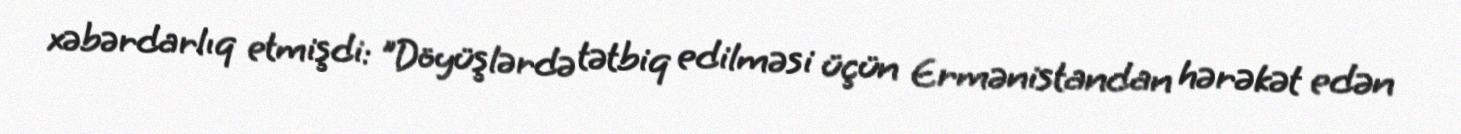
xəbərdarlıq etmişdi: "Döyüşlərdə tətbiq edilməsi üçün Ermənistandan hərəkət edən